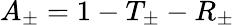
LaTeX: A_{\pm}=1-T_{\pm}-R_{\pm}